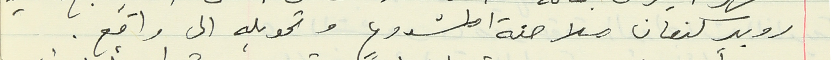
روبير كنعان ملاحقة المشروع وتحويله الى واقع.